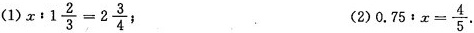
(1) $$x:1 \frac{2}{3}=2 \frac{3}{4}$$ ; (2)$$0.75:x= \frac{4}{5}$$.